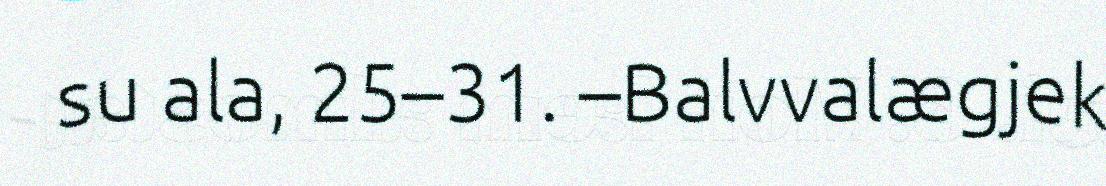
su ala, 25–31. –Balvvalægjek